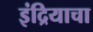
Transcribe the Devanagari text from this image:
इंद्रियाचा